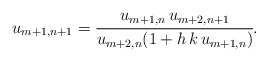
\begin{align*}u_{m+1,n+1}=\cfrac{u_{m+1,n}\,u_{m+2,n+1}}{u_{m+2,n}(1+h\,k\,u_{m+1,n})}.\end{align*}